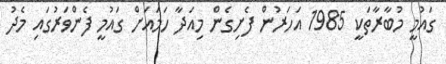
ގައުމީ މުބާރާތަކީ 1985 އަހަރުން ފެށިގެން މިއަދާ ހަމައަށް ގައުމީ ފެންވަރުގައި މެދު